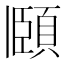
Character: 頥